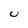
Character: U